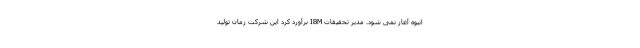
انبوه آغاز نمی شود. مدیر تحقیقات IBM برآورد کرد این شرکت زمان تولید